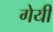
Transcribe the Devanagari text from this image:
गेयी